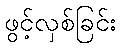
ဖွင့်လှစ်ခြင်း